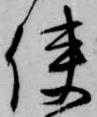
使